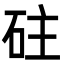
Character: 砫